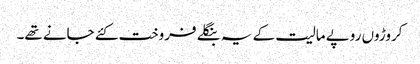
کروڑوں روپے مالیت کے یہ بنگلے فروخت کئے جانے تھے۔